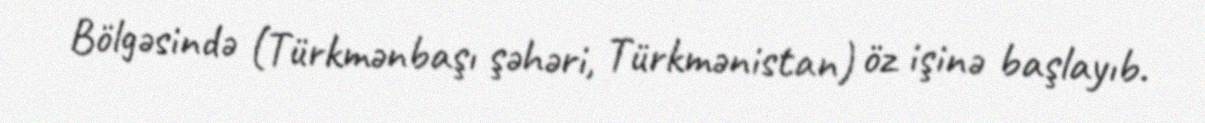
Bölgəsində (Türkmənbaşı şəhəri, Türkmənistan) öz işinə başlayıb.